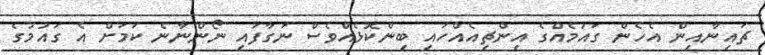
ޗައިނާއިން އެހެން ގައުމެއްގެ އިންޗިއެއްހައި ބިންކޮޅެއްވެސް ނަގާފައި ނޯންނާނެ ކަމަށް އެ ގައުމުގެ